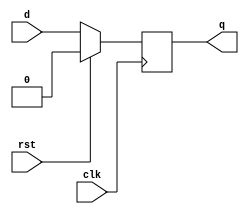
`timescale 1ns / 1ps
//////////////////////////////////////////////////////////////////////////////////
// Company: 
// Engineer: 
// 
// Design Name: 
// Module Name: d_ff
// Project Name: 
// Target Devices: 
// Tool Versions: 
// Description: 
// 
// Dependencies: 
// 
// Revision:
// Revision 0.01 - File Created
// Additional Comments:
// 
//////////////////////////////////////////////////////////////////////////////////


module d_ff(
    input d,clk,rst,
    output reg q
    );
    
    always@(posedge clk)
      begin
       if(rst)
         q<=0;
       else
         q<=d;
      end
    
    
endmodule